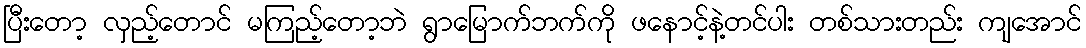
ပြီးတော့ လှည့်တောင် မကြည့်တော့ဘဲ ရွာမြောက်ဘက်ကို ဖနောင့်နဲ့တင်ပါး တစ်သားတည်း ကျအောင်